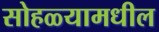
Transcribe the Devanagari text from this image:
सोहळ्यामधील